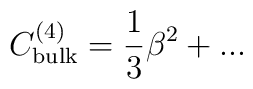
C_{\rm bulk}^{(4)}=\frac{1}{3}\beta^{2}+...